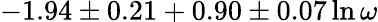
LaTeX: -1.94\pm 0.21+0.90\pm 0.07\ln\omega